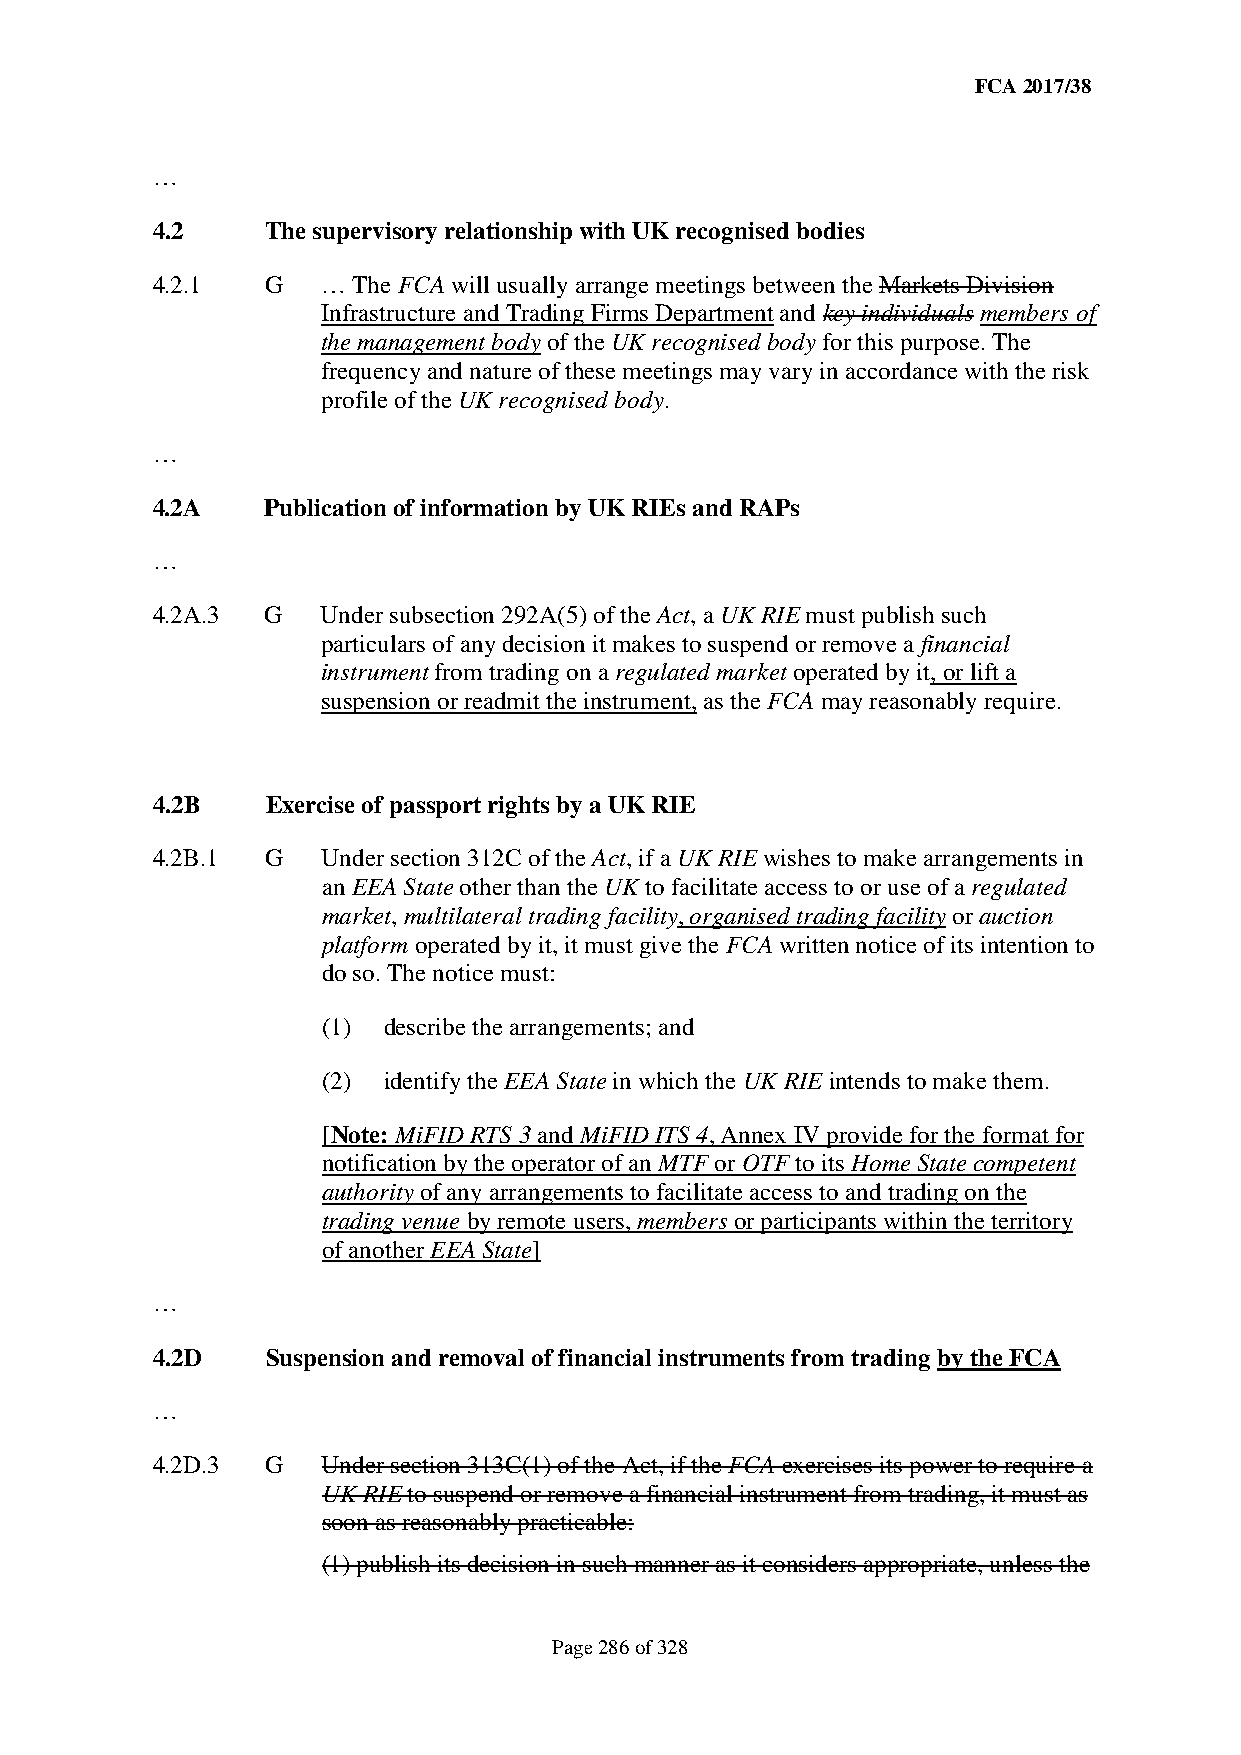
FCA 2017/38
 …
 4.2     The supervisory relationship with UK recognised bodies
 4.2.1   G  … The FCA will usually arrange meetings between the Markets Division
 Infrastructure and Trading Firms Department and key individuals members of
 the management body of the UK recognised body for this purpose. The
 frequency and nature of these meetings may vary in accordance with the risk
 profile of the UK recognised body.
 …
 4.2A    Publication of information by UK RIEs and RAPs
 …
 4.2A.3  G  Under subsection 292A(5) of the Act, a UK RIE must publish such
 particulars of any decision it makes to suspend or remove a financial
 instrument from trading on a regulated market operated by it, or lift a
 suspension or readmit the instrument, as the FCA may reasonably require.
 4.2B    Exercise of passport rights by a UK RIE
 4.2B.1  G  Under section 312C of the Act, if a UK RIE wishes to make arrangements in
 an EEA State other than the UK to facilitate access to or use of a regulated
 market, multilateral trading facility, organised trading facility or auction
 platform operated by it, it must give the FCA written notice of its intention to
 do so. The notice must:
 (1) describe the arrangements; and
 (2) identify the EEA State in which the UK RIE intends to make them.
 [Note: MiFID RTS 3 and MiFID ITS 4, Annex IV provide for the format for
 notification by the operator of an MTF or OTF to its Home State competent
 authority of any arrangements to facilitate access to and trading on the
 trading venue by remote users, members or participants within the territory
 of another EEA State]
 …
 4.2D    Suspension and removal of financial instruments from trading by the FCA
 …
 4.2D.3  G  Under section 313C(1) of the Act, if the FCA exercises its power to require a
 UK RIE to suspend or remove a financial instrument from trading, it must as
 soon as reasonably practicable:
 (1) publish its decision in such manner as it considers appropriate, unless the
 Page 286 of 328